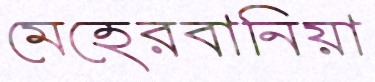
মেহেরবানিয়া